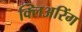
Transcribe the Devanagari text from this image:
क्लिअरिंग